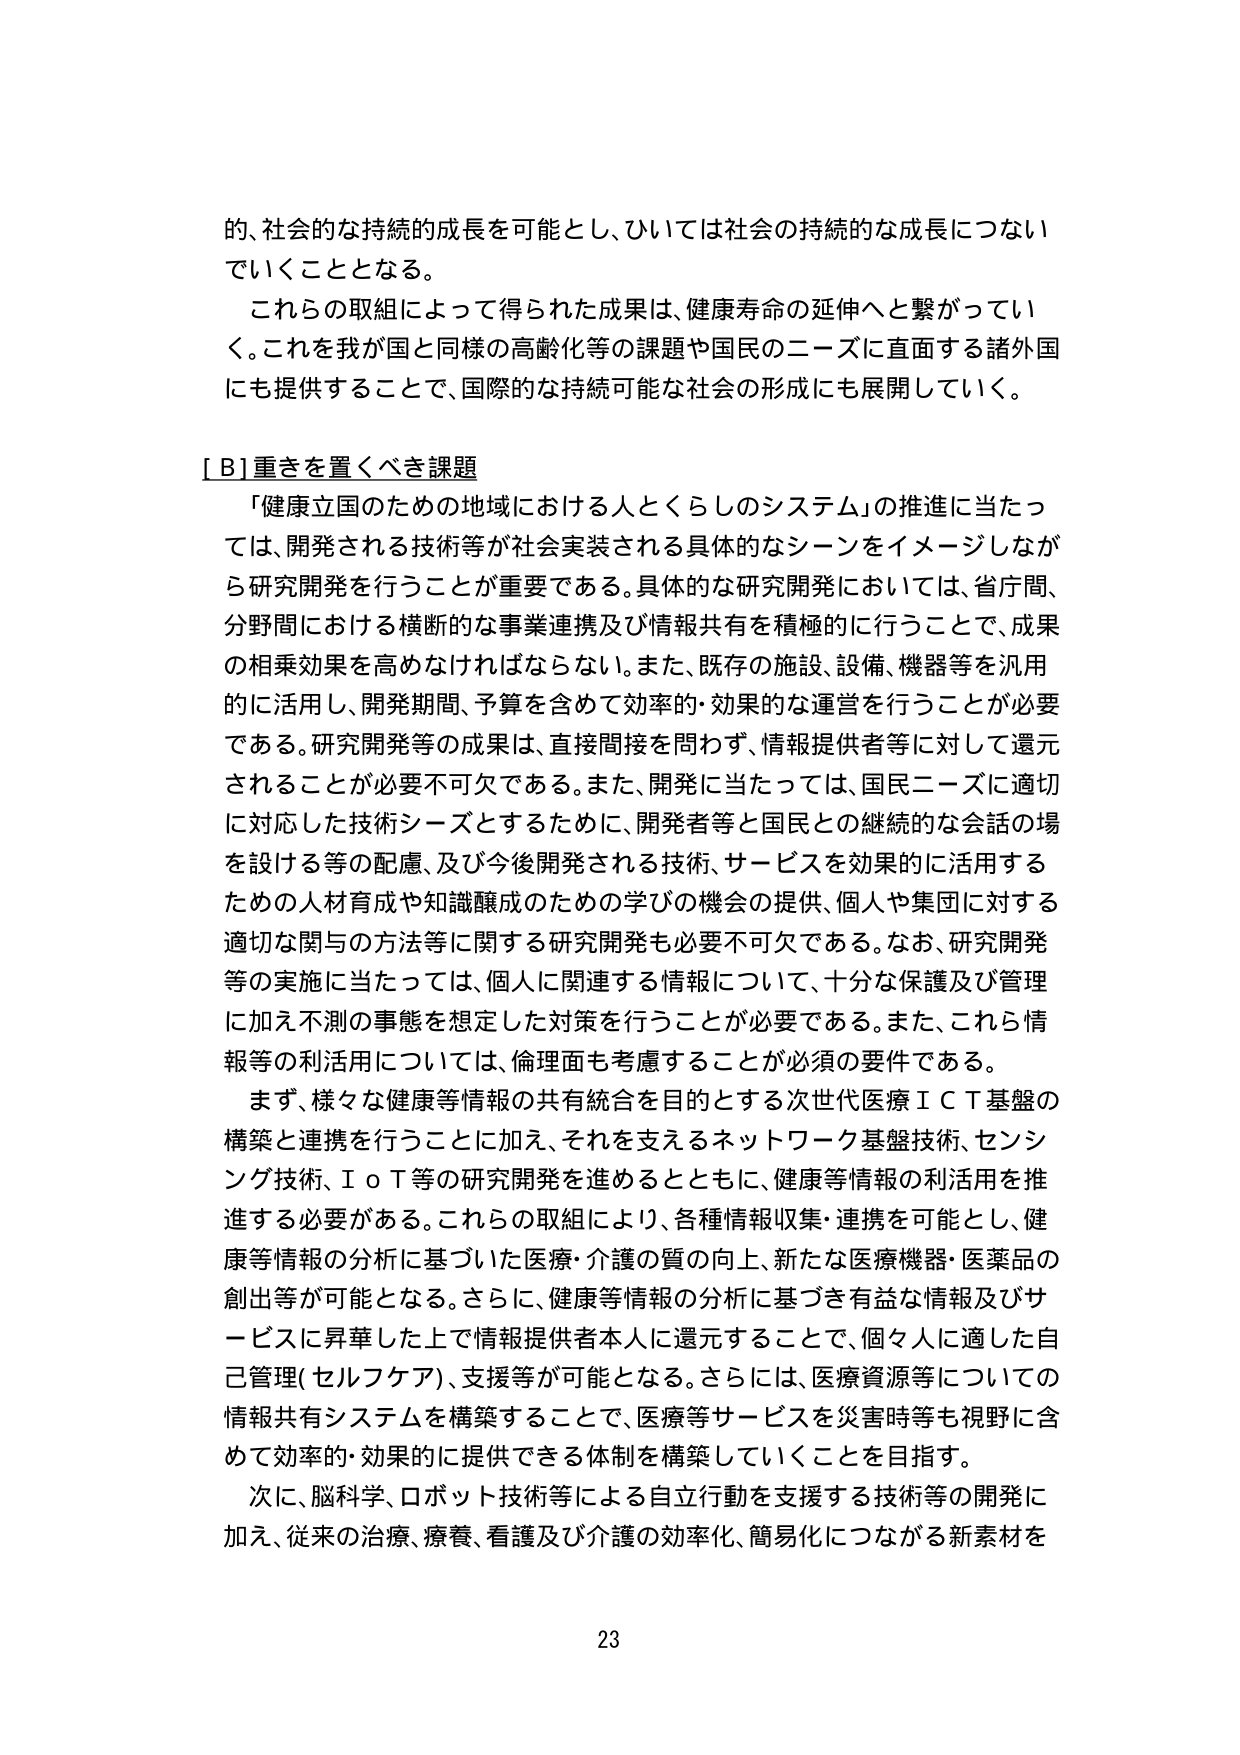
的、社会的な持続的成長を可能とし、ひいては社会の持続的な成長につなげていくこととなる。

これらの取組によって得られた成果は、健康寿命の延伸へと繋がっていく。これを我が国と同様の高齢化等の課題や国民のニーズに直面する諸外国にも提供することで、国際的な持続可能な社会の形成にも展開していく。

[B] 重きを置くべき課題

「健康立国のための地域における人とくらしのシステム」の推進に当たっては、開発される技術等が社会実装される具体的なシーンをイメージしながら研究開発を行うことが重要である。具体的な研究開発においては、省庁間、分野間における横断的な事業連携及び情報共有を積極的に行うことで、成果の相乗効果を高めなければならない。また、既存の施設、設備、機器等を汎用的に活用し、開発期間、予算を含めて効率的・効果的な運営を行うことが必要である。研究開発等の成果は、直接間接を問わず、情報提供者等に対して還元されることが必要不可欠である。また、開発に当たっては、国民ニーズに適切に対応した技術シーズとするために、開発者等と国民との継続的な会話の場を設ける等の配慮、及び今後開発される技術、サービスを効果的に活用するための人材育成や知識醸成のための学びの機会の提供、個人や集団に対する適切な関与の方法等に関する研究開発も必要不可欠である。なお、研究開発等の実施に当たっては、個人に関連する情報について、十分な保護及び管理に加え不測の事態を想定した対策を行うことが必要である。また、これら情報等の利活用については、倫理面も考慮することが必須の要件である。

まず、様々な健康等情報の共有統合を目的とする次世代医療ＩＣＴ基盤の構築と連携を行うことに加え、それを支えるネットワーク基盤技術、センシング技術、ＩｏＴ等の研究開発を進めるとともに、健康等情報の利活用を推進する必要がある。これらの取組により、各種情報収集・連携を可能とし、健康等情報の分析に基づいた医療・介護の質の向上、新たな医療機器・医薬品の創出等が可能となる。さらに、健康等情報の分析に基づき有益な情報及びサービスに昇華した上で情報提供者本人に還元することで、個々人に適した自己管理（セルフケア）、支援等が可能となる。さらには、医療資源等についての情報共有システムを構築することで、医療等サービスを災害時等も視野に含めて効率的・効果的に提供できる体制を構築していくことを目指す。

次に、脳科学、ロボット技術等による自立行動を支援する技術等の開発に加え、従来の治療、療養、看護及び介護の効率化、簡易化につながる新素材を

23